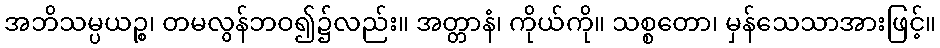
အဘိသမ္ပယဉ္စ၊ တမလွန်ဘဝ၍၌လည်း။ အတ္တာနံ၊ ကိုယ်ကို။ သစ္စတော၊ မှန်သေသာအားဖြင့်။